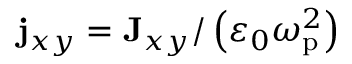
\mathbf { j } _ { x y } = \mathbf { J } _ { x y } / \left( \varepsilon _ { 0 } \omega _ { \mathrm { p } } ^ { 2 } \right)